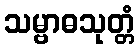
သမ္ဗာဓသုတ္တံ